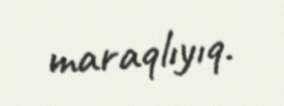
maraqlıyıq.